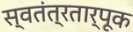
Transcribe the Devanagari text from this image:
स्वतंत्रतार्पूक